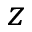
z